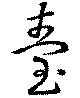
臺